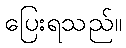
ပြေးရသည်။